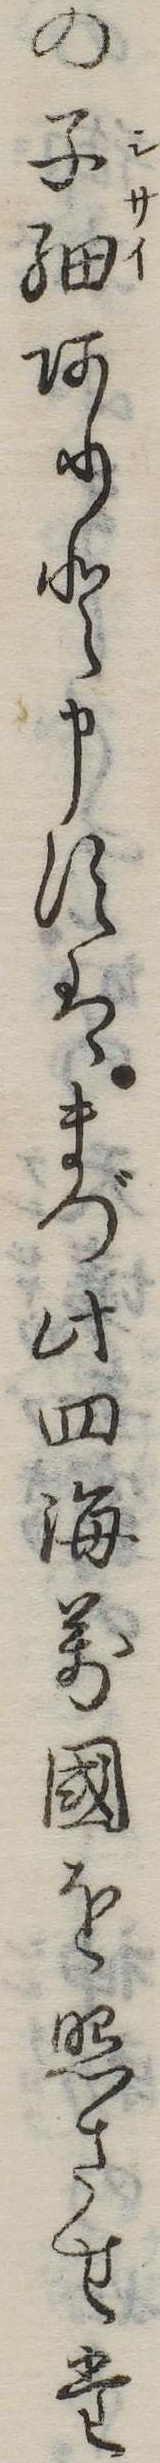
の子細ありと申すはまづ此四海万国を照させた